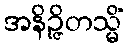
အနိဉ္ဇိတသ္မိံ